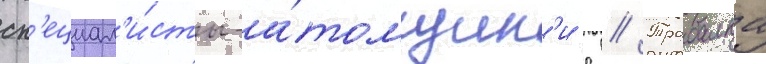
сп'ециал'и́сты-а́томщик'и д // Трабалка